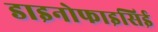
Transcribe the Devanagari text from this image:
डाइनोफाइसिई